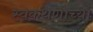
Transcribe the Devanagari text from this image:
स्वकथणाच्या